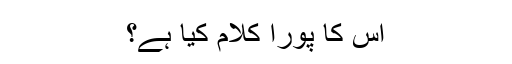
اس کا پورا کلام کیا ہے؟